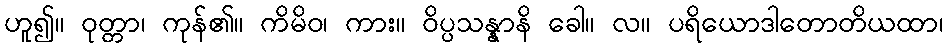
ဟူ၍။ ဝုတ္တာ၊ ကုန်၏။ ကိမိဝ၊ ကား။ ဝိပ္ပသန္နာနိ ခေါ။ လ။ ပရိယောဒါတောတိယထာ၊